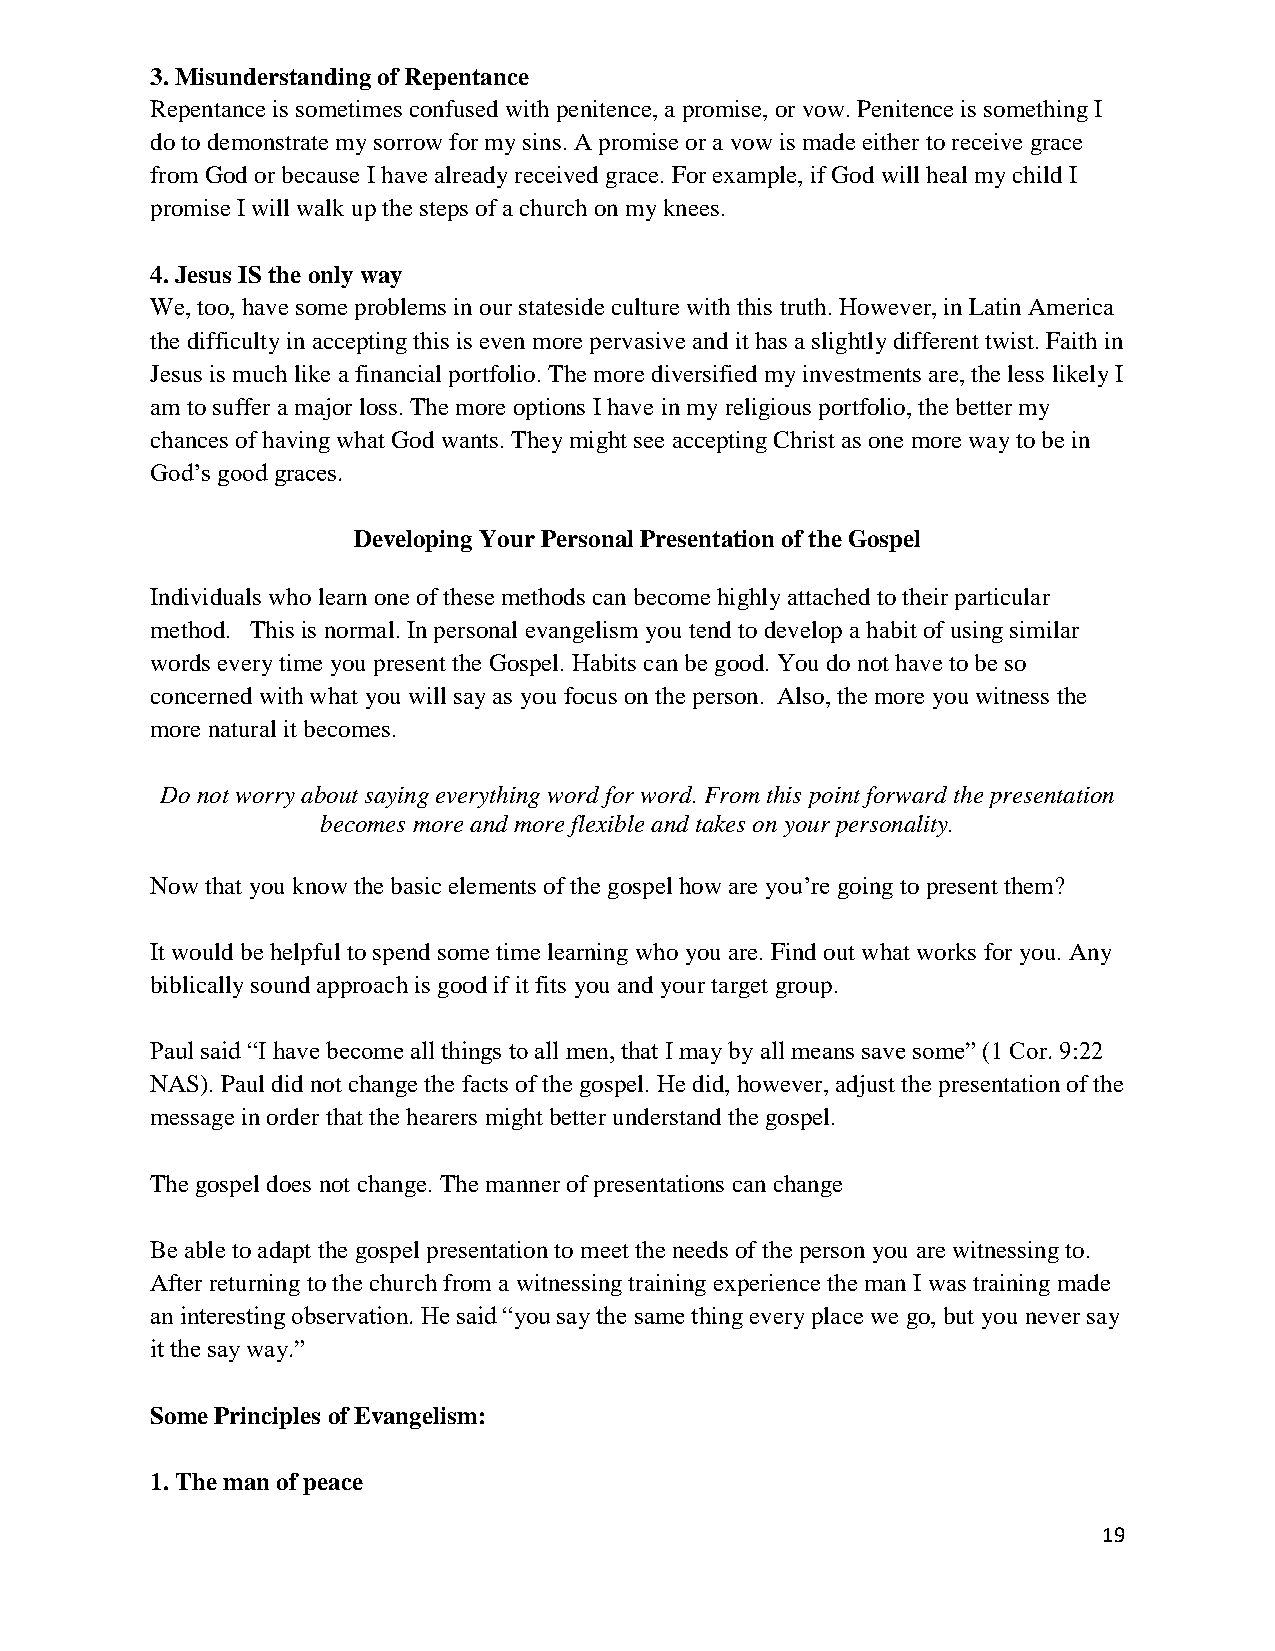
3. Misunderstanding of Repentance
 Repentance is sometimes confused with penitence, a promise, or vow. Penitence is something I
 do to demonstrate my sorrow for my sins. A promise or a vow is made either to receive grace
 from God or because I have already received grace. For example, if God will heal my child I
 promise I will walk up the steps of a church on my knees.
 4. Jesus IS the only way
 We, too, have some problems in our stateside culture with this truth. However, in Latin America
 the difficulty in accepting this is even more pervasive and it has a slightly different twist. Faith in
 Jesus is much like a financial portfolio. The more diversified my investments are, the less likely I
 am to suffer a major loss. The more options I have in my religious portfolio, the better my
 chances of having what God wants. They might see accepting Christ as one more way to be in
 God’s good graces.
 Developing Your Personal Presentation of the Gospel
 Individuals who learn one of these methods can become highly attached to their particular
 method. This is normal. In personal evangelism you tend to develop a habit of using similar
 words every time you present the Gospel. Habits can be good. You do not have to be so
 concerned with what you will say as you focus on the person. Also, the more you witness the
 more natural it becomes.
 Do not worry about saying everything word for word. From this point forward the presentation
 becomes more and more flexible and takes on your personality.
 Now that you know the basic elements of the gospel how are you’re going to present them?
 It would be helpful to spend some time learning who you are. Find out what works for you. Any
 biblically sound approach is good if it fits you and your target group.
 Paul said “I have become all things to all men, that I may by all means save some” (1 Cor. 9:22
 NAS). Paul did not change the facts of the gospel. He did, however, adjust the presentation of the
 message in order that the hearers might better understand the gospel.
 The gospel does not change. The manner of presentations can change
 Be able to adapt the gospel presentation to meet the needs of the person you are witnessing to.
 After returning to the church from a witnessing training experience the man I was training made
 an interesting observation. He said “you say the same thing every place we go, but you never say
 it the say way.”
 Some Principles of Evangelism:
 1. The man of peace
 19